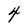
Character: 4